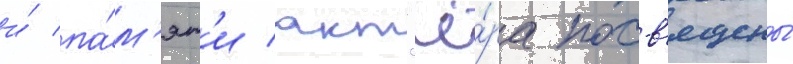
и́ па́м'ят'и акт'ё́ра посв'ящены́